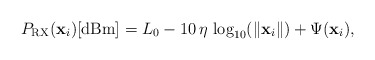
\begin{align*}P_{\mathrm{RX}}(\mathbf{x}_{i})\mbox{[dBm]}=L_{0}-10\,\eta\,\log_{10}(\Vert\mathbf{x}_{i}\Vert)+\Psi(\mathbf{x}_{i}),\end{align*}